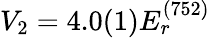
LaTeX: V_{2}=4.0(1)E_{r}^{(752)}